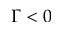
\Gamma < 0